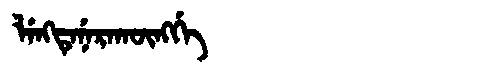
Manchu: ᠯᡝᠩᡨᡝᠨᡝᡵᠠᡴᡡᠩᡤᡝ
Romanization: LENGTENERAKŪNGGE